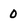
Character: 0